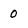
Character: 0